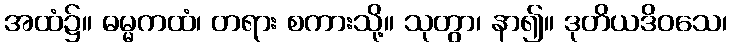
အထံ၌။ ဓမ္မကထံ၊ တရား စကားသို့။ သုတွာ၊ နာ၍။ ဒုတိယဒိဝသေ၊